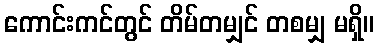
ကောင်းကင်တွင် တိမ်တမျှင် တစမျှ မရှိ။